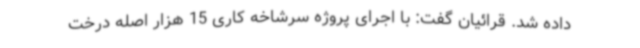
داده شد. قرائیان گفت: با اجرای پروژه سرشاخه کاری 15 هزار اصله درخت